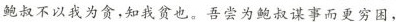
鲍叔不以我为贪，知我贫也。吾尝为鲍叔谋事而更穷困，